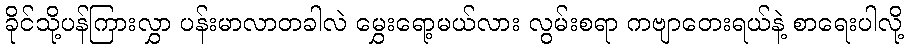
ခိုင်သို့ပန်ကြားလွှာ ပန်းမာလာတခါလဲ မွှေးရော့မယ်လား လွမ်းစရာ ကဗျာတေးရယ်နဲ့ စာရေးပါလို့